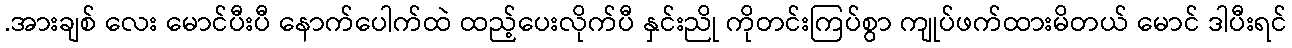
.အားချစ် လေး မောင်ပီးပီ နောက်ပေါက်ထဲ ထည့်ပေးလိုက်ပီ နှင်းညို ကိုတင်းကြပ်စွာ ကျုပ်ဖက်ထားမိတယ် မောင် ဒါပီးရင်